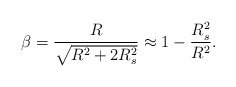
\begin{align*}\beta = {R \over \sqrt{R^2+2 R_s^2}}\approx 1-{R_s^2 \over R^2}.\end{align*}